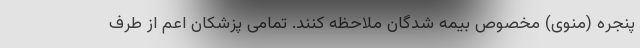
پنجره (منوی) مخصوص بیمه شدگان ملاحظه کنند. تمامی پزشکان اعم از طرف